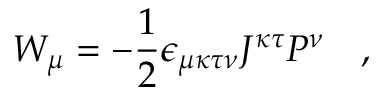
W _ { \mu } = - { \frac { 1 } { 2 } } \epsilon _ { \mu \kappa \tau \nu } J ^ { \kappa \tau } P ^ { \nu } \quad ,